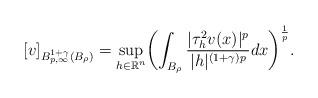
LaTeX: \begin{align*}[v]_{B^{1+\gamma}_{p,\infty}(B_\rho)} = \displaystyle\sup_{h \in \mathbb{R}^{n}} \biggl( \displaystyle\int_{B_\rho} \dfrac{|\tau^2_hv(x)|^{p}}{|h|^{(1+\gamma) p}} dx \biggr)^{\frac{1}{p}}. \end{align*}